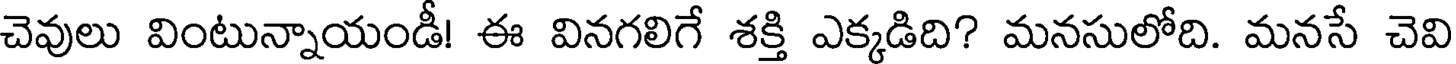
చెవులు వింటున్నాయండీ! ఈ వినగలిగే శక్తి ఎక్కడిది? మనసులోది. మనసే చెవి